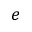
e